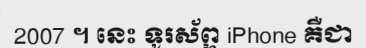
2007 ។ នេះ ទូរស័ព្ទ iPhone គឺជា